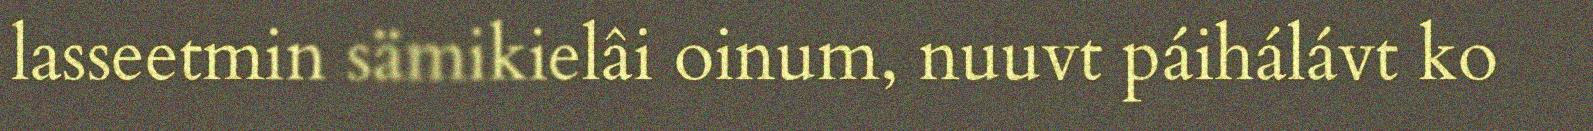
lasseetmin sämikielâi oinum, nuuvt páihálávt ko